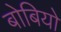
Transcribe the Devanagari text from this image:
बोबियो